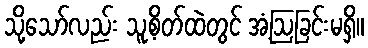
သို့သော်လည်း သူ့စိတ်ထဲတွင် အံ့ဩခြင်းမရှိ။